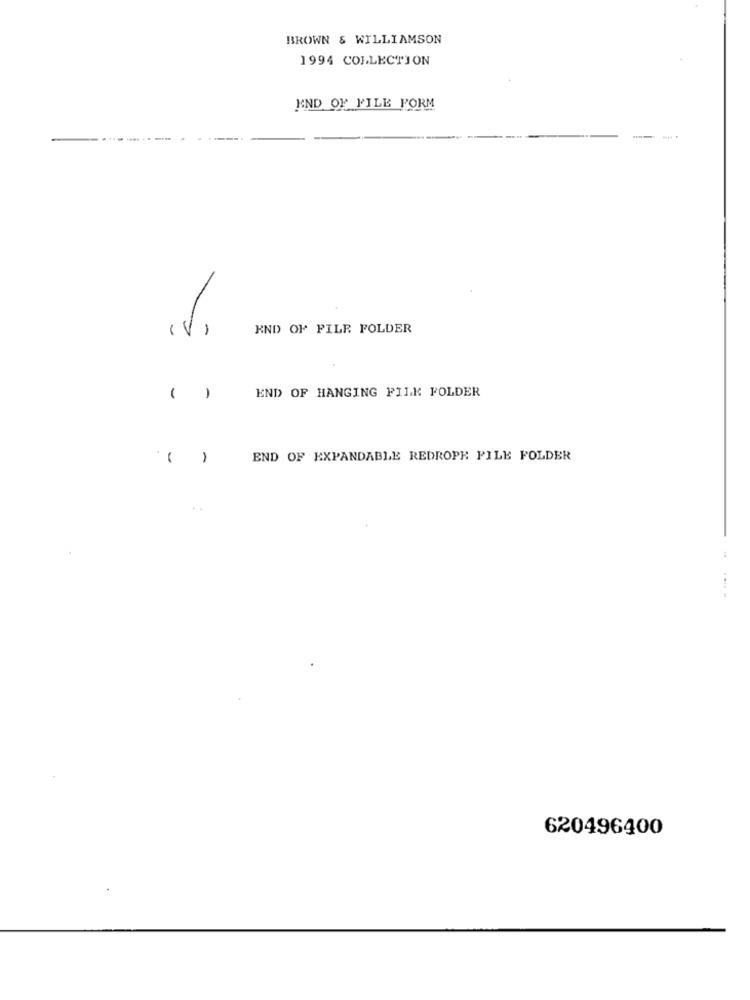
BROWN & WILLIAMSON
1994 COLLECTION
END OF FILE FORM
(V)
END OF FILE FOLDER
END OF HANGING FILK FOLDER
( )
1
END OF EXPANDABLE REDROPE FILE FOLDER
-
620496400